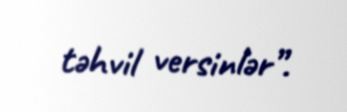
təhvil versinlər”.